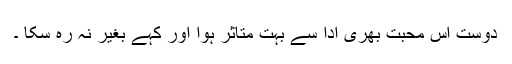
دوست اس محبت بھری ادا سے بہت متاثر ہوا اور کہے بغیر نہ رہ سکا ۔